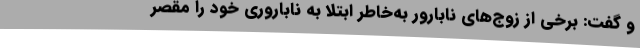
و گفت: برخی از زوج‌های نابارور به‌خاطر ابتلا به ناباروری خود را مقصر